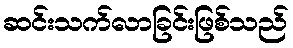
ဆင်းသက်လာခြင်းဖြစ်သည်